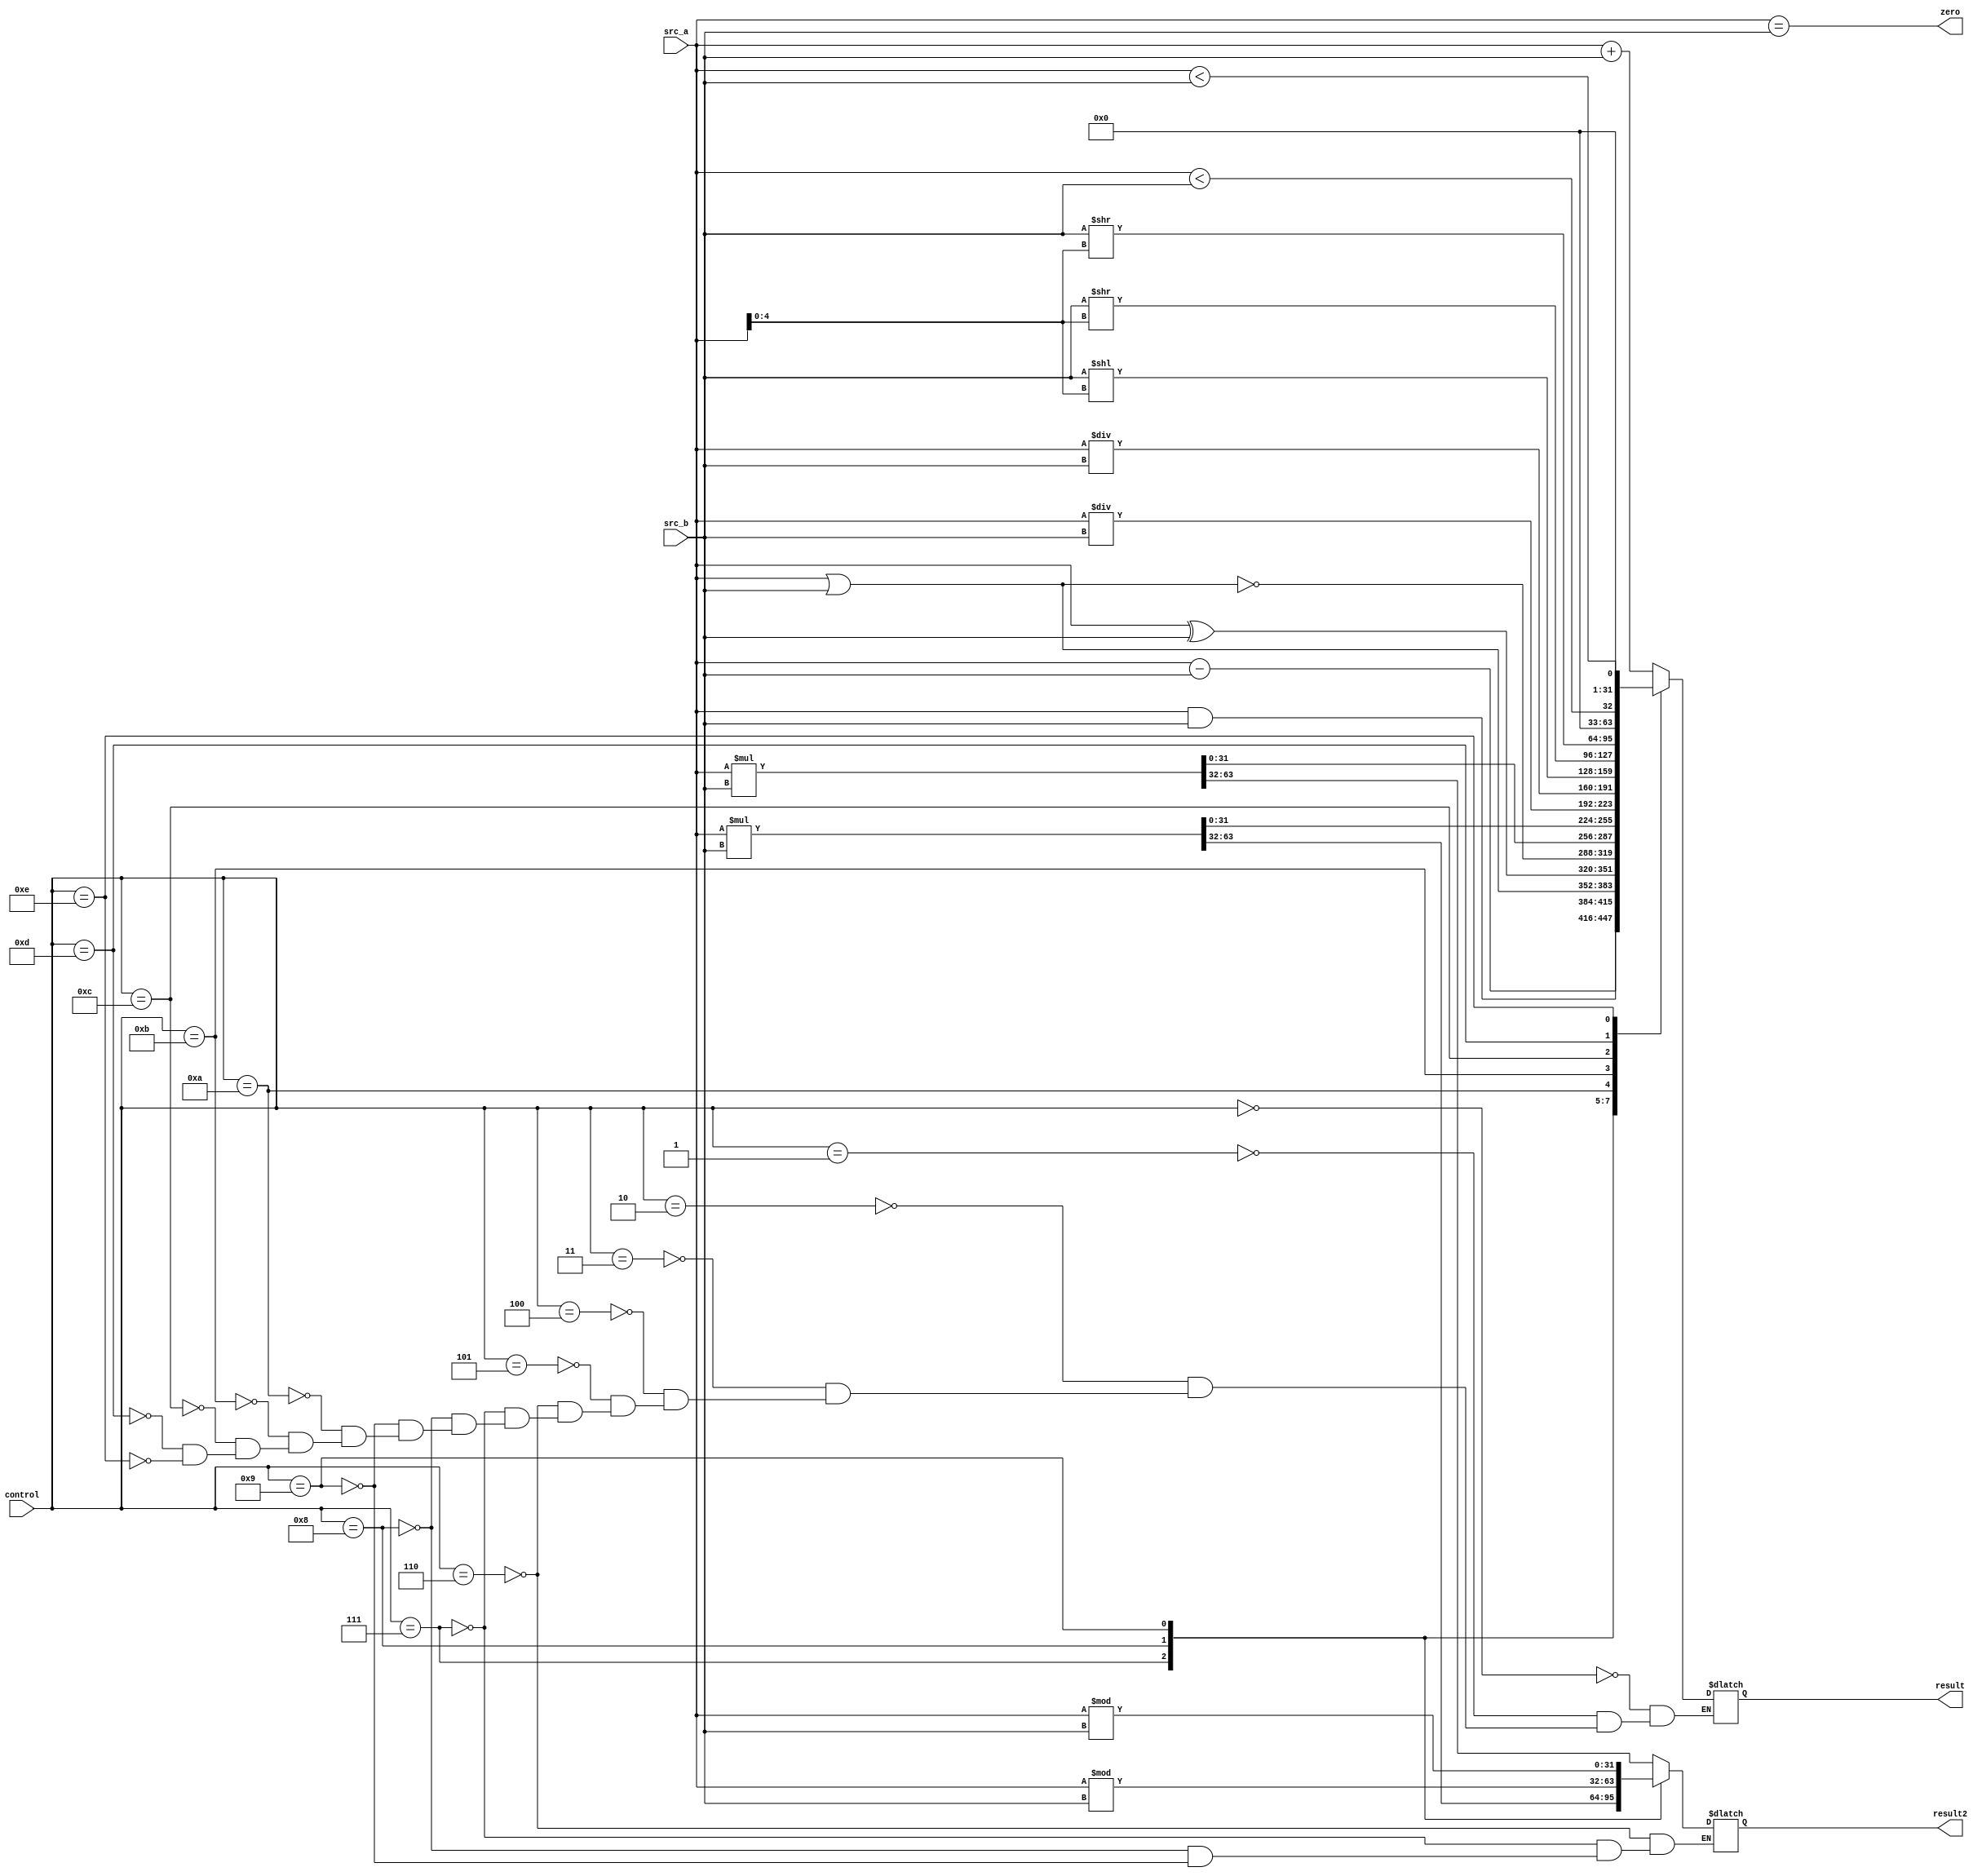
module alu#(
	parameter width = 32
)(
	input [width-1:0] src_a, src_b,
	input [3:0] control,
	output reg [width-1:0] result, result2,
	output zero
);

reg [2*width-1:0] temp;

always @ (*)
	case(control)
		0:
			result <= src_a + src_b;
		1:
			result <= src_a - src_b;
		2:
			result <= src_a & src_b;
		3:
			result <= src_a | src_b;
		4:
			result <= src_a ^ src_b;
		5:
			result <= ~ (src_a | src_b);
		6: begin
			temp = src_a * src_b;
			result = temp[width-1:0];
			result2 = temp[2*width-1:width];
		end
		7: begin
			temp = $signed(src_a) * $signed(src_b);
			result = temp[width-1:0];
			result2 = temp[2*width-1:width];
		end
		8: begin
			result <= src_a / src_b;
			result2 <= src_a % src_b;
		end
		9: begin
			result <= $signed(src_a) / $signed(src_b);
			result2 <= $signed(src_a) % $signed(src_b);
		end
		10:
			result <= src_b << src_a[4:0];
		11:
			result <= src_b >> src_a[4:0];
		12:
			result <= $signed(src_b) >> src_a[4:0];
		13:
			result <= src_a < src_b;
		14:
			result <= $signed(src_a) < $signed(src_b);
	endcase

assign zero = src_a == src_b;

endmodule